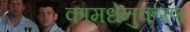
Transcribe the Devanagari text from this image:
कामधेनुकरण